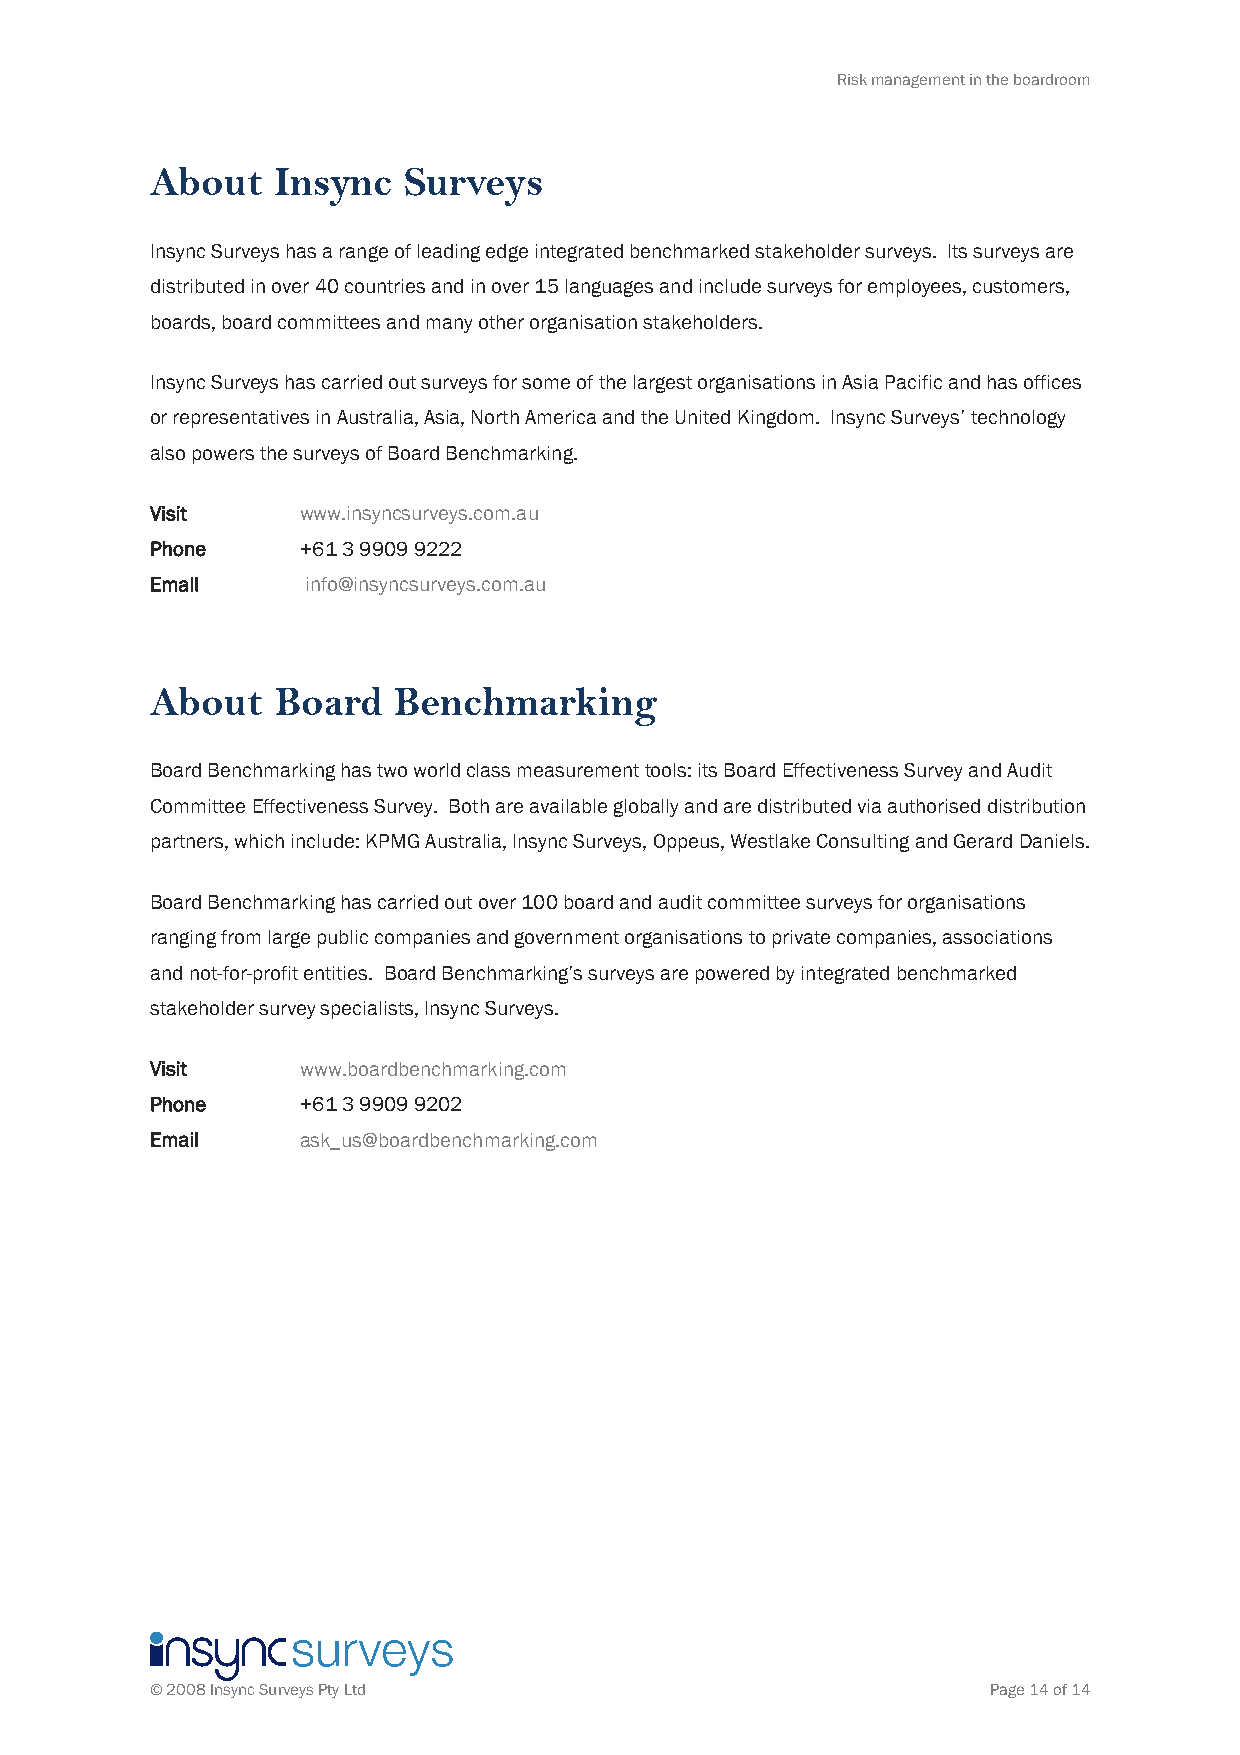
Risk management in the boardroom
 About   Insync   Surveys
 Insync Surveys has a range of leading edge integrated benchmarked stakeholder surveys. Its surveys are
 distributed in over 40 countries and in over 15 languages and include surveys for employees, customers,
 boards, board committees and many other organisation stakeholders.
 Insync Surveys has carried out surveys for some of the largest organisations in Asia Pacific and has offices
 or representatives in Australia, Asia, North America and the United Kingdom. Insync Surveys’ technology
 also powers the surveys of Board Benchmarking.
 Visit     www.insyncsurveys.com.au
 Phone     +61 3 9909 9222
 Email     info@insyncsurveys.com.au
 About   Board   Benchmarking
 Board Benchmarking has two world class measurement tools: its Board Effectiveness Survey and Audit
 Committee Effectiveness Survey. Both are available globally and are distributed via authorised distribution
 partners, which include: KPMG Australia, Insync Surveys, Oppeus, Westlake Consulting and Gerard Daniels.
 Board Benchmarking has carried out over 100 board and audit committee surveys for organisations
 ranging from large public companies and government organisations to private companies, associations
 and not-for-profit entities. Board Benchmarking’s surveys are powered by integrated benchmarked
 stakeholder survey specialists, Insync Surveys.
 Visit     www.boardbenchmarking.com
 Phone     +61 3 9909 9202
 Email     ask_us@boardbenchmarking.com
 © 2008 Insync Surveys Pty Ltd                           Page 14 of 14